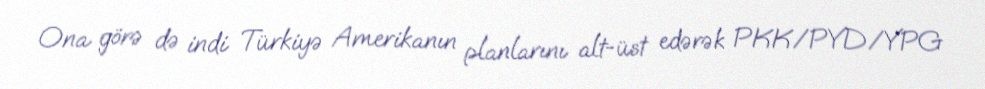
Ona görə də indi Türkiyə Amerikanın planlarını alt-üst edərək PKK/PYD/YPG